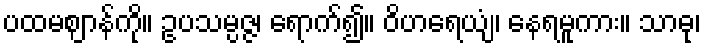
ပထမဈာန်ကို။ ဥပသမ္ပဇ္ဇ၊ ရောက်၍။ ဝိဟရေယျံ၊ နေရမူကား။ သာဓု၊